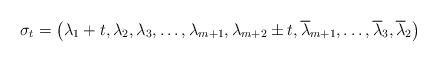
LaTeX: \begin{align*}\sigma_{t}=\left( \lambda_{1}+t,\lambda_{2},\lambda_{3},\ldots,\lambda_{m+1},\lambda_{m+2}\pm t,\overline{\lambda}_{m+1},\ldots,\overline{\lambda}_{3},\overline{\lambda}_{2}\right)\end{align*}